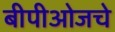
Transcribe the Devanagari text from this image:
बीपीओजचे